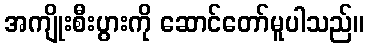
အကျိုးစီးပွားကို ဆောင်တော်မူပါသည်။